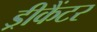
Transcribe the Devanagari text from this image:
ड्रीकैंटर